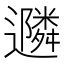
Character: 𮟠